Code of medical and sanitary regulations for the guidance of medical officers serving in the Madras Presidency - Volume I
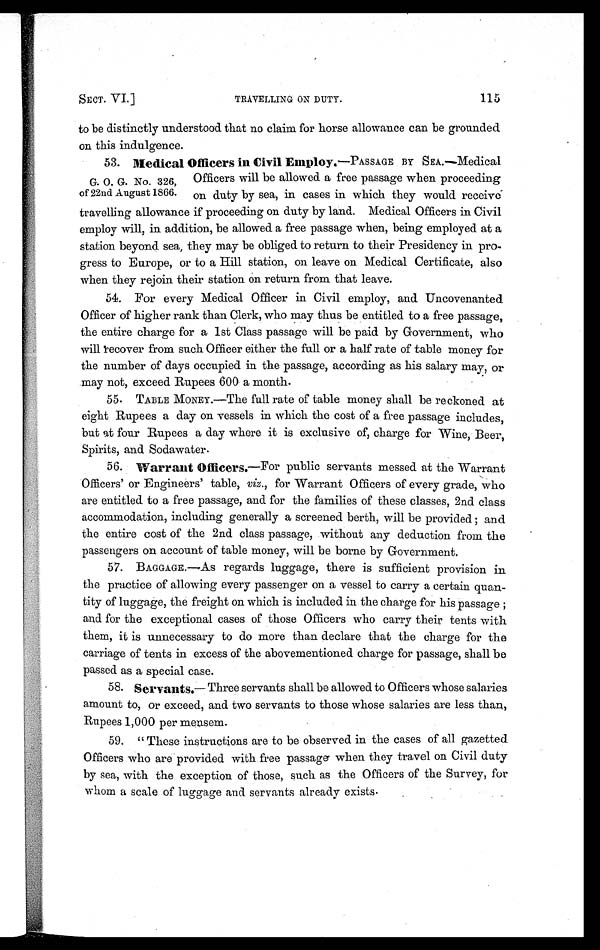
SECT. VI.]
TRAVELLING ON DUTY.
115
to be distinctly understood that no claim for horse allowance can be grounded
on this indulgence.
53.
Medical Officers in Civil Employ .—PASSAGE BY SEA.—Medical
G. O. G. No. 326, Officers will be allowed a free passage when proceeding
of 22nd August 1866. on duty by sea, in cases in which they would receive
travelling allowance if proceeding on duty by land. Medical Officers in Civil
employ will, in addition, be allowed a free passage when, being employed at a
station beyond sea, they may be obliged to return to their Presidency in pro
-gress to Europe, or to a Hill station, on leave on Medical Certificate, also
when they rejoin their station on return from that leave.
54. For every Medical Officer in Civil employ, and Uncovenanted
Officer of higher rank than Clerk, who may thus be entitled to a free passage,
the entire charge for a 1st Class passage will be paid by Government, who
will recover from such Officer either the full or a half rate of table money for
the number of days occupied in the passage, according as his salary may, or
may not, exceed Rupees 600 a month.
55. TABLE MONEY.—The full rate of table money shall be reckoned at
eight Rupees a day on vessels in which the cost of a free passage includes,
but at four Rupees a day where it is exclusive of, charge for Wine, Beer,
Spirits, and Sodawater.
56.
Warrant Officers .—For public servants messed at the Warrant
Officers' or Engineers' table, viz ., for Warrant Officers of every grade, who
are entitled to a free passage, and for the families of these classes, 2nd class
accommodation, including generally a screened berth, will be provided ; and
the entire cost of the 2nd class passage, without any deduction from the
passengers on account of table money, will be borne by Government.
57. BAGGAGE.—AS regards luggage, there is sufficient provision in
the practice of allowing every passenger on a vessel to carry a certain quan-
tity of luggage, the freight on which is included in the charge for his passage ;
and for the exceptional cases of those Officers who carry their tents with
them, it is unnecessary to do more than declare that the charge for the
carriage of tents in excess of the abovementioned charge for passage, shall be
passed as a special case.
58.
Servants .—Three servants shall be allowed to Officers whose salaries
amount to, or exceed, and two servants to those whose salaries are less than,
Rupees 1,000 per mensem.
593 "These instructions are to be observed in the cases of all gazetted
Officers who are provided with free passage when they travel on Civil duty
by sea, with the exception of those, such as the Officers of the Survey, for
whom a scale of luggage and servants already exists.